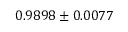
0 . 9 8 9 8 \pm 0 . 0 0 7 7